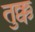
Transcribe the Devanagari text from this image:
तुक्क